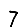
Digit: 7